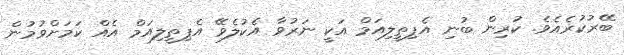
ބޭރުކުރެއެވެ. ކުރިން ބުނި އެޕިތީލިއަމް އަކީ ނަރުވާ އެކުލެވޭ އެޕިތީލިއަމް އެއް ކަމަށްވުމުން